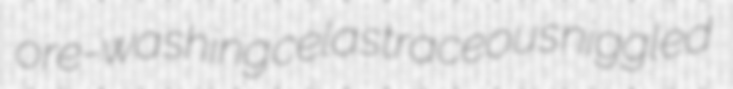
ore-washing celastraceous niggled